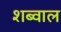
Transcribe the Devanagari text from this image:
शब्वाल